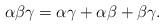
LaTeX: \begin{align*}\alpha\beta\gamma=\alpha\gamma+\alpha\beta+\beta\gamma.\end{align*}